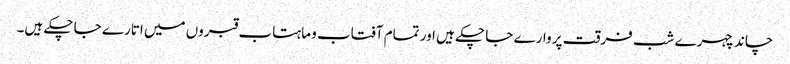
چاند چہرے شب فرقت پر وارے جا چکے ہیں اور تمام آفتاب و ماہتاب قبروں میں اتارے جا چکے ہیں۔